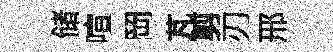
储喧岡芃剪刃邢